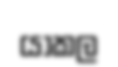
යාකල